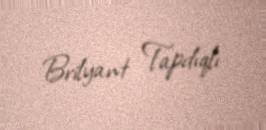
Brilyant Tapdıqlı